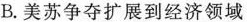
B.美苏争夺扩展到经济领域